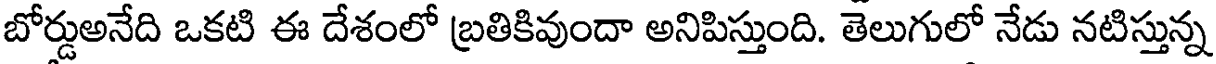
బోర్డుఅనేది ఒకటి ఈ దేశంలో బ్రతికివుందా అనిపిస్తుంది. తెలుగులో నేడు నటిస్తున్న